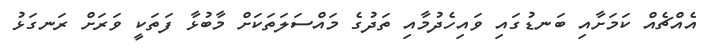
އެއްޗެއް ކަމަށާއި ބަނޑުގައި ވައިހެދުމާއި ތަދުގެ މައްސަލަތަކަށް މާބުޅާ ފަތަކީ ވަރަށް ރަނގަޅު